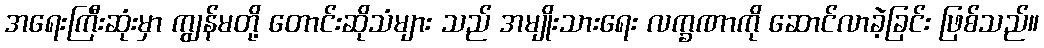
အရေးကြီးဆုံးမှာ ကျွန်မတို့ တောင်းဆိုသံများ သည် အမျိုးသားရေး လက္ခဏာကို ဆောင်လာခဲ့ခြင်း ဖြစ်သည်။